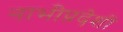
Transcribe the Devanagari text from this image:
नाभीप्रदेशी